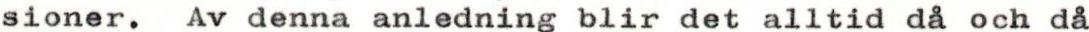
sioner. Av denna anledning blir det alltid då och då